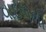
વાદળની